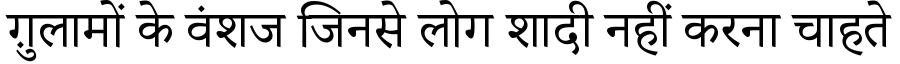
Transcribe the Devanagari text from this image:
ग़ुलामों के वंशज जिनसे लोग शादी नहीं करना चाहते